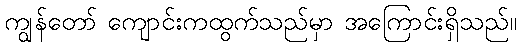
ကျွန်တော် ကျောင်းကထွက်သည်မှာ အကြောင်းရှိသည်။